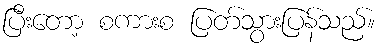
ပြီးတော့ စကားစ ပြတ်သွားပြန်သည်။